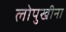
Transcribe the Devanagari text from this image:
लोपुखीना